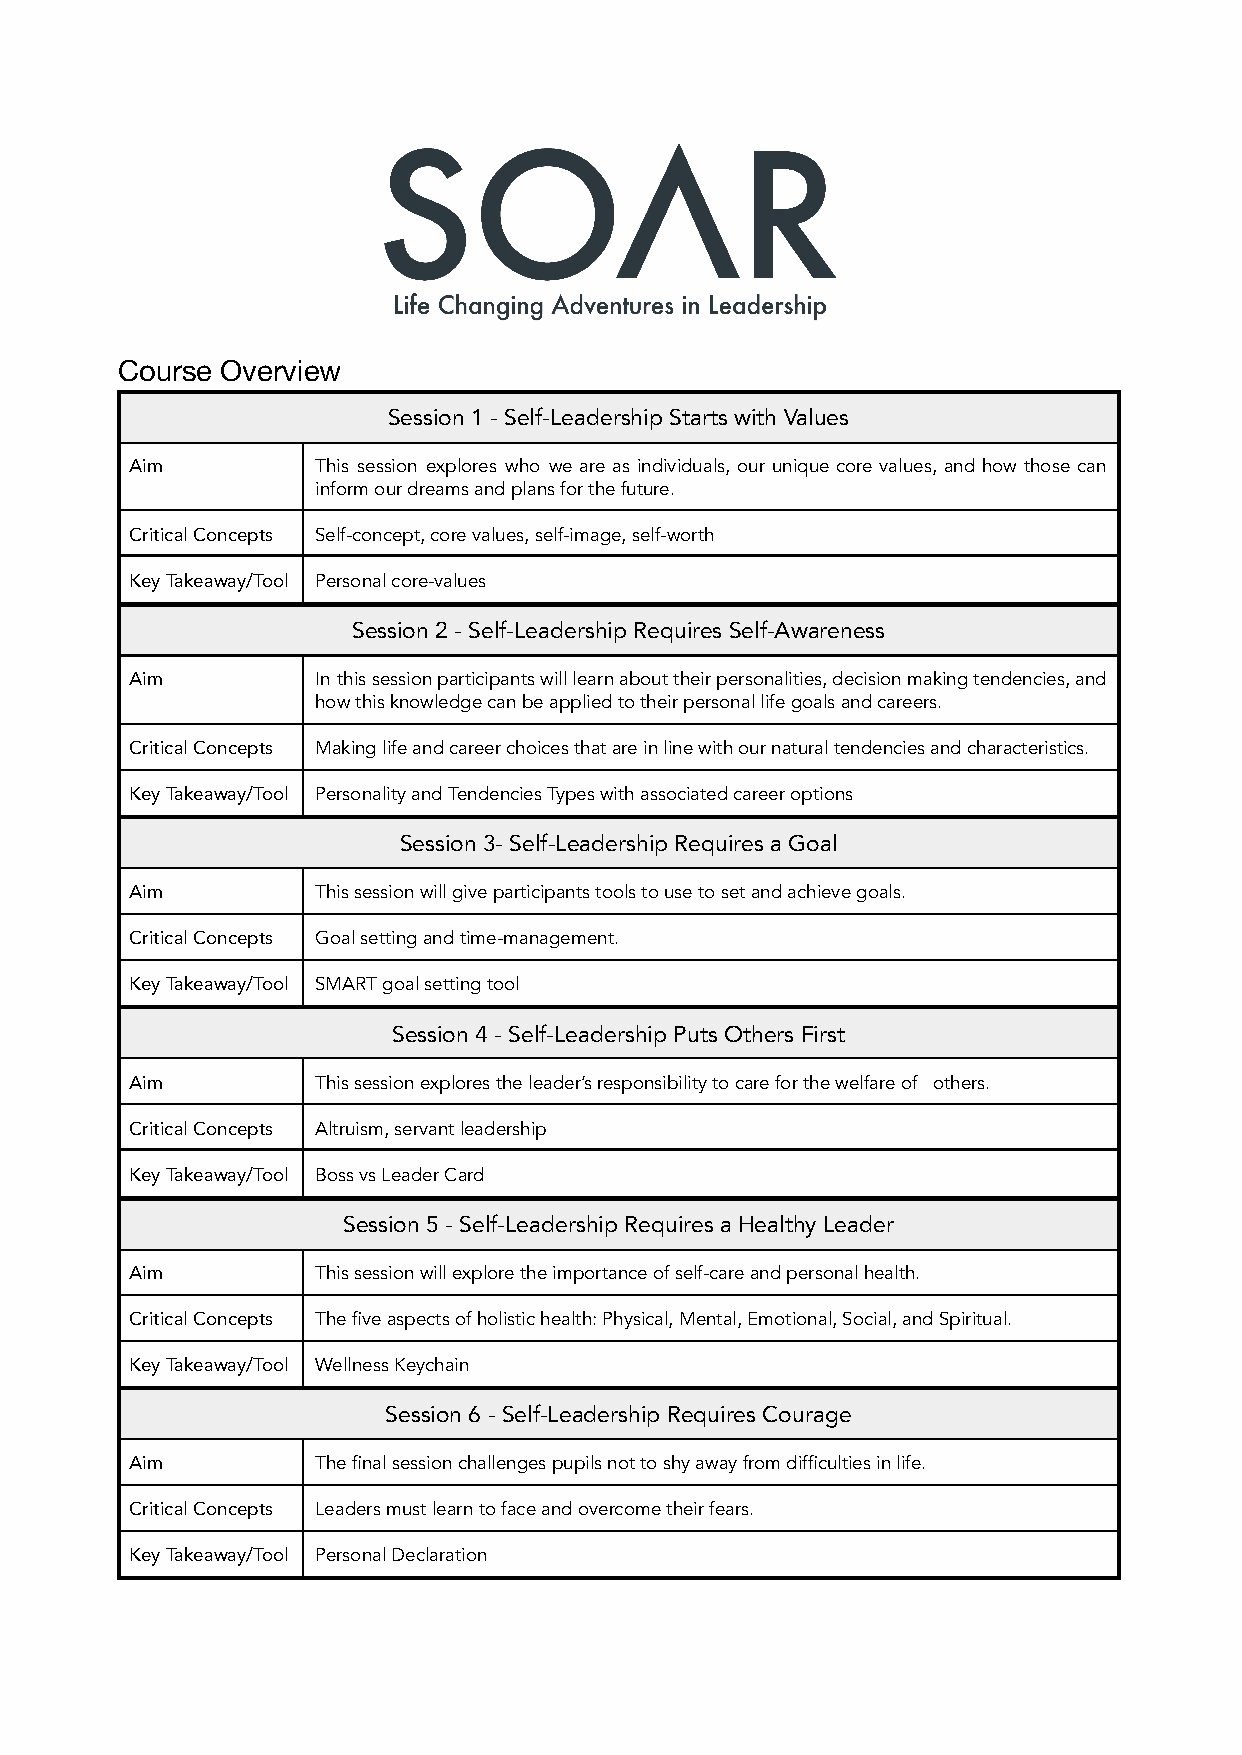
Course Overview
 Session 1 - Self-Leadership Starts with Values
 Aim         This session explores who we are as individuals, our unique core values, and how those can
 inform our dreams and plans for the future.
 Critical Concepts Self-concept, core values, self-image, self-worth
 Key Takeaway/Tool Personal core-values
 Session 2 - Self-Leadership Requires Self-Awareness
 Aim         In thissessionparticipantswilllearnabouttheirpersonalities,decisionmakingtendencies,and
 how this knowledge can be applied to their personal life goals and careers.
 Critical Concepts Making life and career choices that are in line with our natural tendencies and characteristics.
 Key Takeaway/Tool Personality and Tendencies Types with associated career options
 Session 3- Self-Leadership Requires a Goal
 Aim         This session will give participants tools to use to set and achieve goals.
 Critical Concepts Goal setting and time-management.
 Key Takeaway/Tool SMART goal setting tool
 Session 4 - Self-Leadership Puts Others First
 Aim         This session explores the leader’s responsibility to care for the welfare of others.
 Critical Concepts Altruism, servant leadership
 Key Takeaway/Tool Boss vs Leader Card
 Session 5 - Self-Leadership Requires a Healthy Leader
 Aim         This session will explore the importance of self-care and personal health.
 Critical Concepts The five aspects of holistic health: Physical, Mental, Emotional, Social, and Spiritual.
 Key Takeaway/Tool Wellness Keychain
 Session 6 - Self-Leadership Requires Courage
 Aim         The final session challenges pupils not to shy away from difficulties in life.
 Critical Concepts Leaders must learn to face and overcome their fears.
 Key Takeaway/Tool Personal Declaration